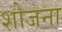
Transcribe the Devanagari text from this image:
शोजना